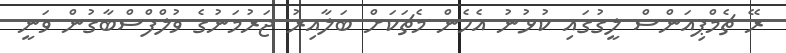
ރޭ ޗެމްޕިއަންސް ލީގުގައި ކުޅުނު އެހެން މެޗަކަށް ބަލާއިރު ޖަރުމަނުގެ ވުލްފްސްބާގުން ވަނީ